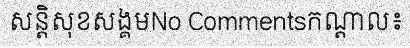
សន្តិសុខសង្គមNo Commentsកណ្តាល៖